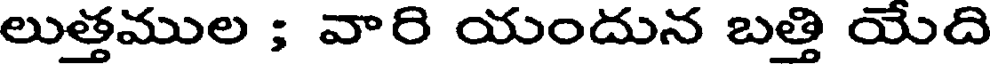
లుత్తముల ; వారి యందున బత్తి యేది